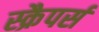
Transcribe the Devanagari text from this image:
स्क्रैपर्स